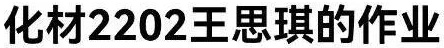
化材2202王思琪的作业